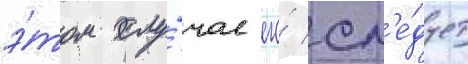
э́том слу́чае его́ сл'е́дует